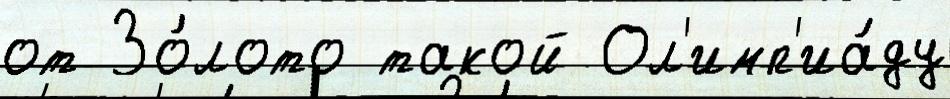
от Зо́лото такой Ол'имп'иа́ду